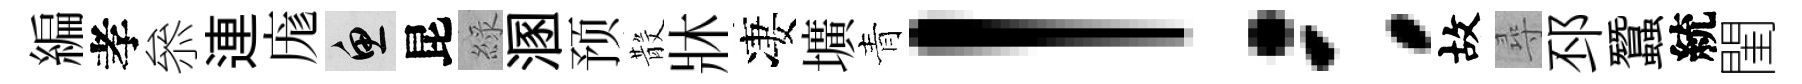
編孝叅連庬魚昆綠溷预𣪚牀凄壙青！：故尋邳蠶統閨